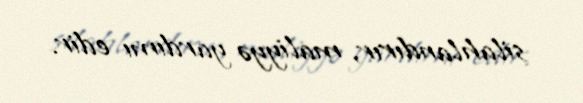
silahlandırır, maliyyə yardımı edir.